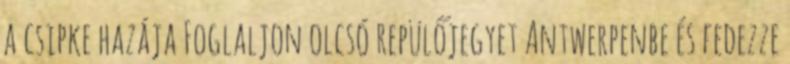
a csipke hazája Foglaljon olcsó repülőjegyet Antwerpenbe és fedezze